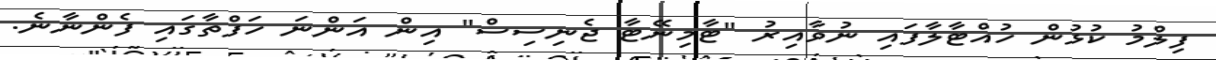
ފިލްމު ކުޅުން ހުއްޓާލާފައި ނުވާއިރު "ޓާމިނޭޓާ ޖެނިސިސް" އިން އަންނަ ހަފްތާގައި ފެންނާނެ.